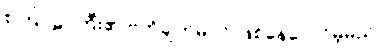
စကြဝဠာကြီး၏ ဗဟိုချက်မပင် ဖြစ်နေပေလိမ့်မည်။